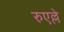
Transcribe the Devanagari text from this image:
रुएल्ले